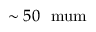
\sim 5 0 \ \mathrm { \ m u m }